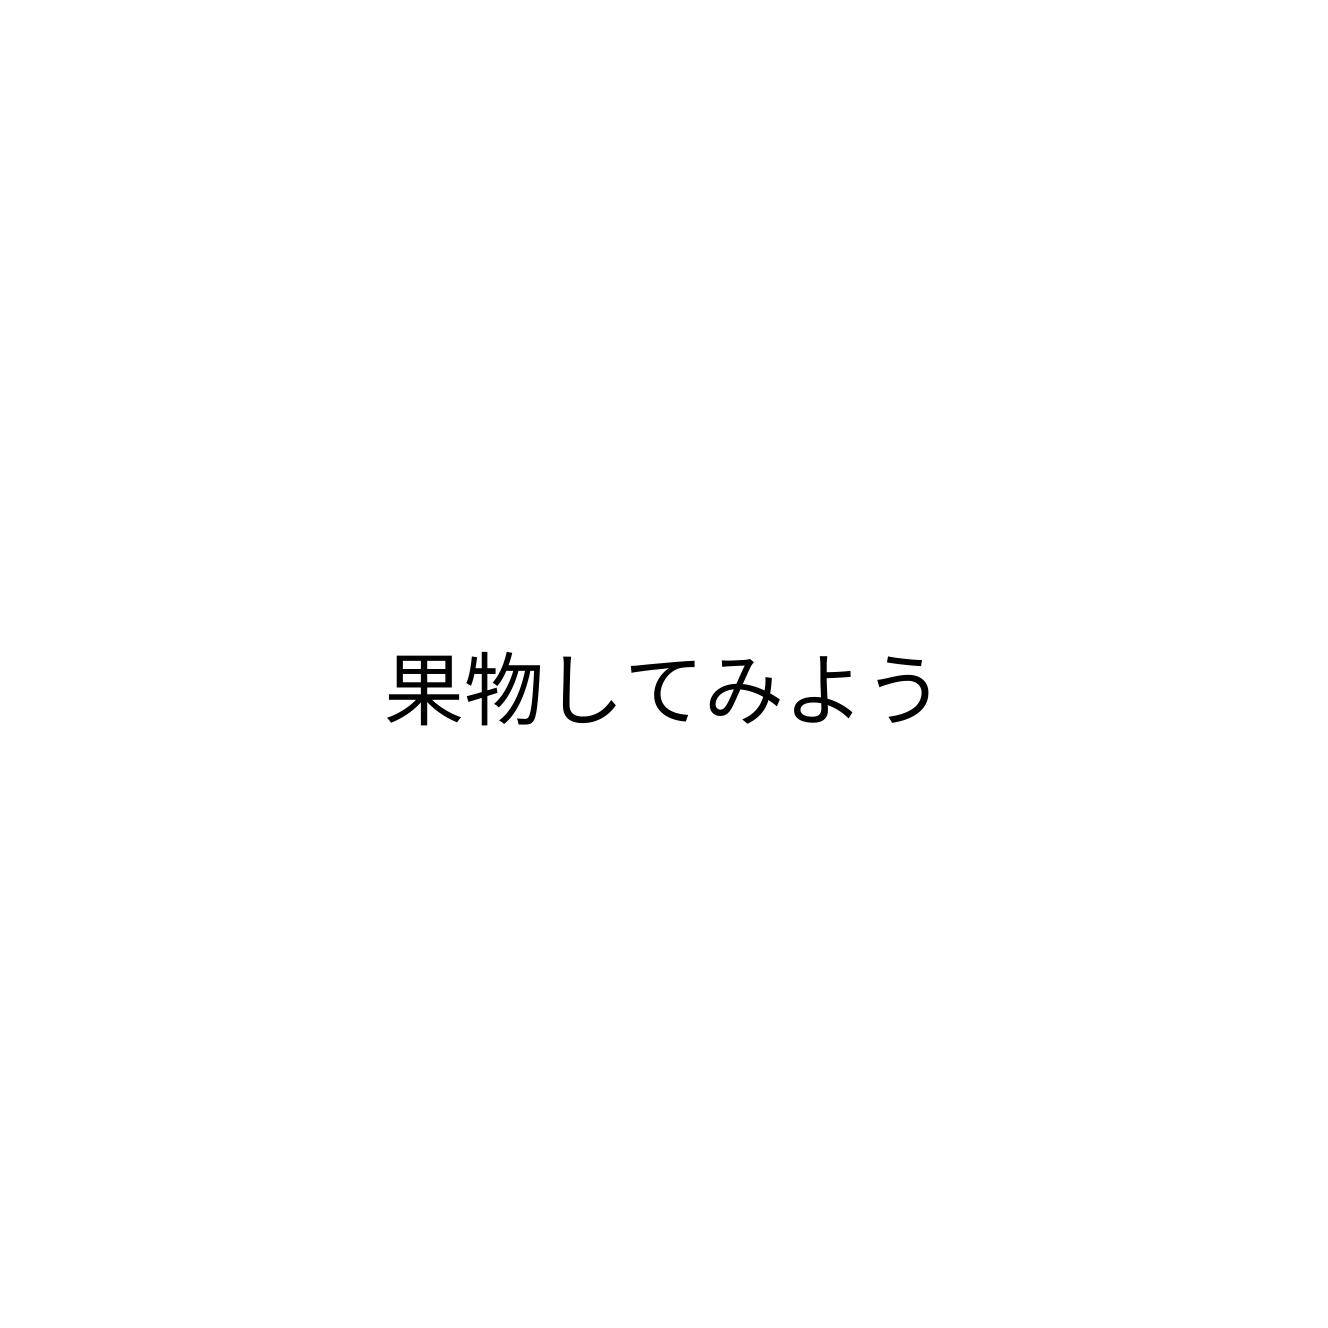
果物してみよう